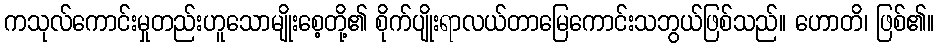
ကသုလ်ကောင်းမှုတည်းဟူသောမျိုးစေ့တို့၏ စိုက်ပျိုးရာလယ်တာမြေကောင်းသဘွယ်ဖြစ်သည်။ ဟောတိ၊ ဖြစ်၏။